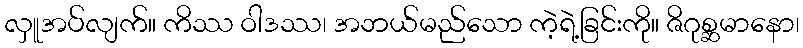
လှူအပ်လျက်။ ကိဿ ဝါဒဿ၊ အဘယ်မည်သော ကဲ့ရဲ့ခြင်းကို။ ဇိဂုစ္ဆမာနော၊